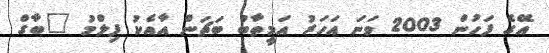
އޭގެ ފަހުން 2003 ވަނަ އަހަރު އަމީތާބު ބަޗަން އާއެކު ފިލްމު "ބާގް